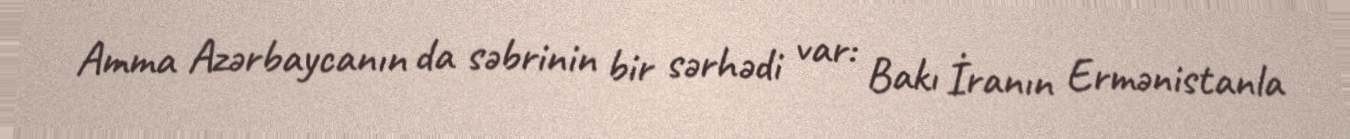
Amma Azərbaycanın da səbrinin bir sərhədi var: Bakı İranın Ermənistanla